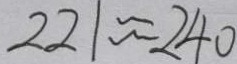
2 2 1 \approx 2 4 0